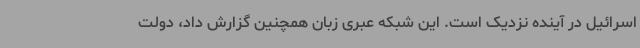
اسرائیل در آینده نزدیک است. این شبکه عبری زبان همچنین گزارش داد، دولت